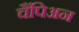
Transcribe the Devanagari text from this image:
चैंपिअन